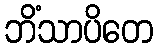
ဘိံသာပိတေ